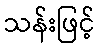
သန်းဖြင့်